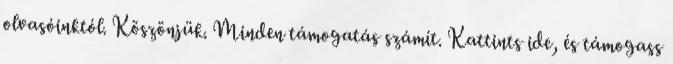
olvasóinktól. Köszönjük. Minden támogatás számít. Kattints ide, és támogass